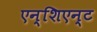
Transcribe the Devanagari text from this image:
एन्शिएन्ट